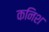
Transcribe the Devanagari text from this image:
कनिश